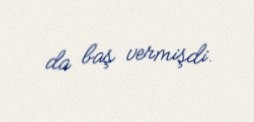
da baş vermişdi.